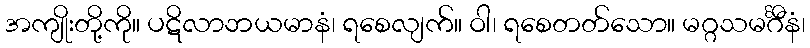
အကျိုးတို့ကို။ ပဋိလာဘယမာနံ၊ ရစေလျက်။ ဝါ၊ ရစေတတ်သော။ မဂ္ဂသမင်္ဂီနံ၊